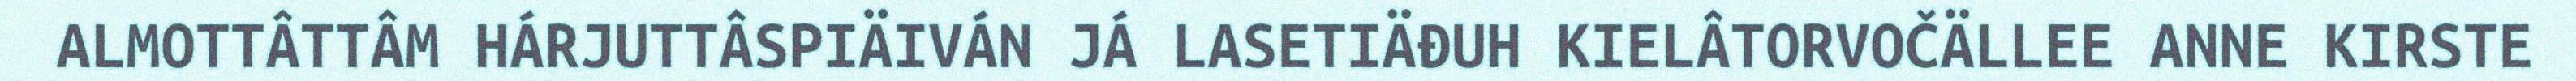
ALMOTTÂTTÂM HÁRJUTTÂSPIÄIVÁN JÁ LASETIÄĐUH KIELÂTORVOČÄLLEE ANNE KIRSTE